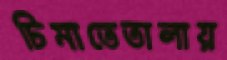
ঢিমাতেতালায়